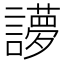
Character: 𰵉